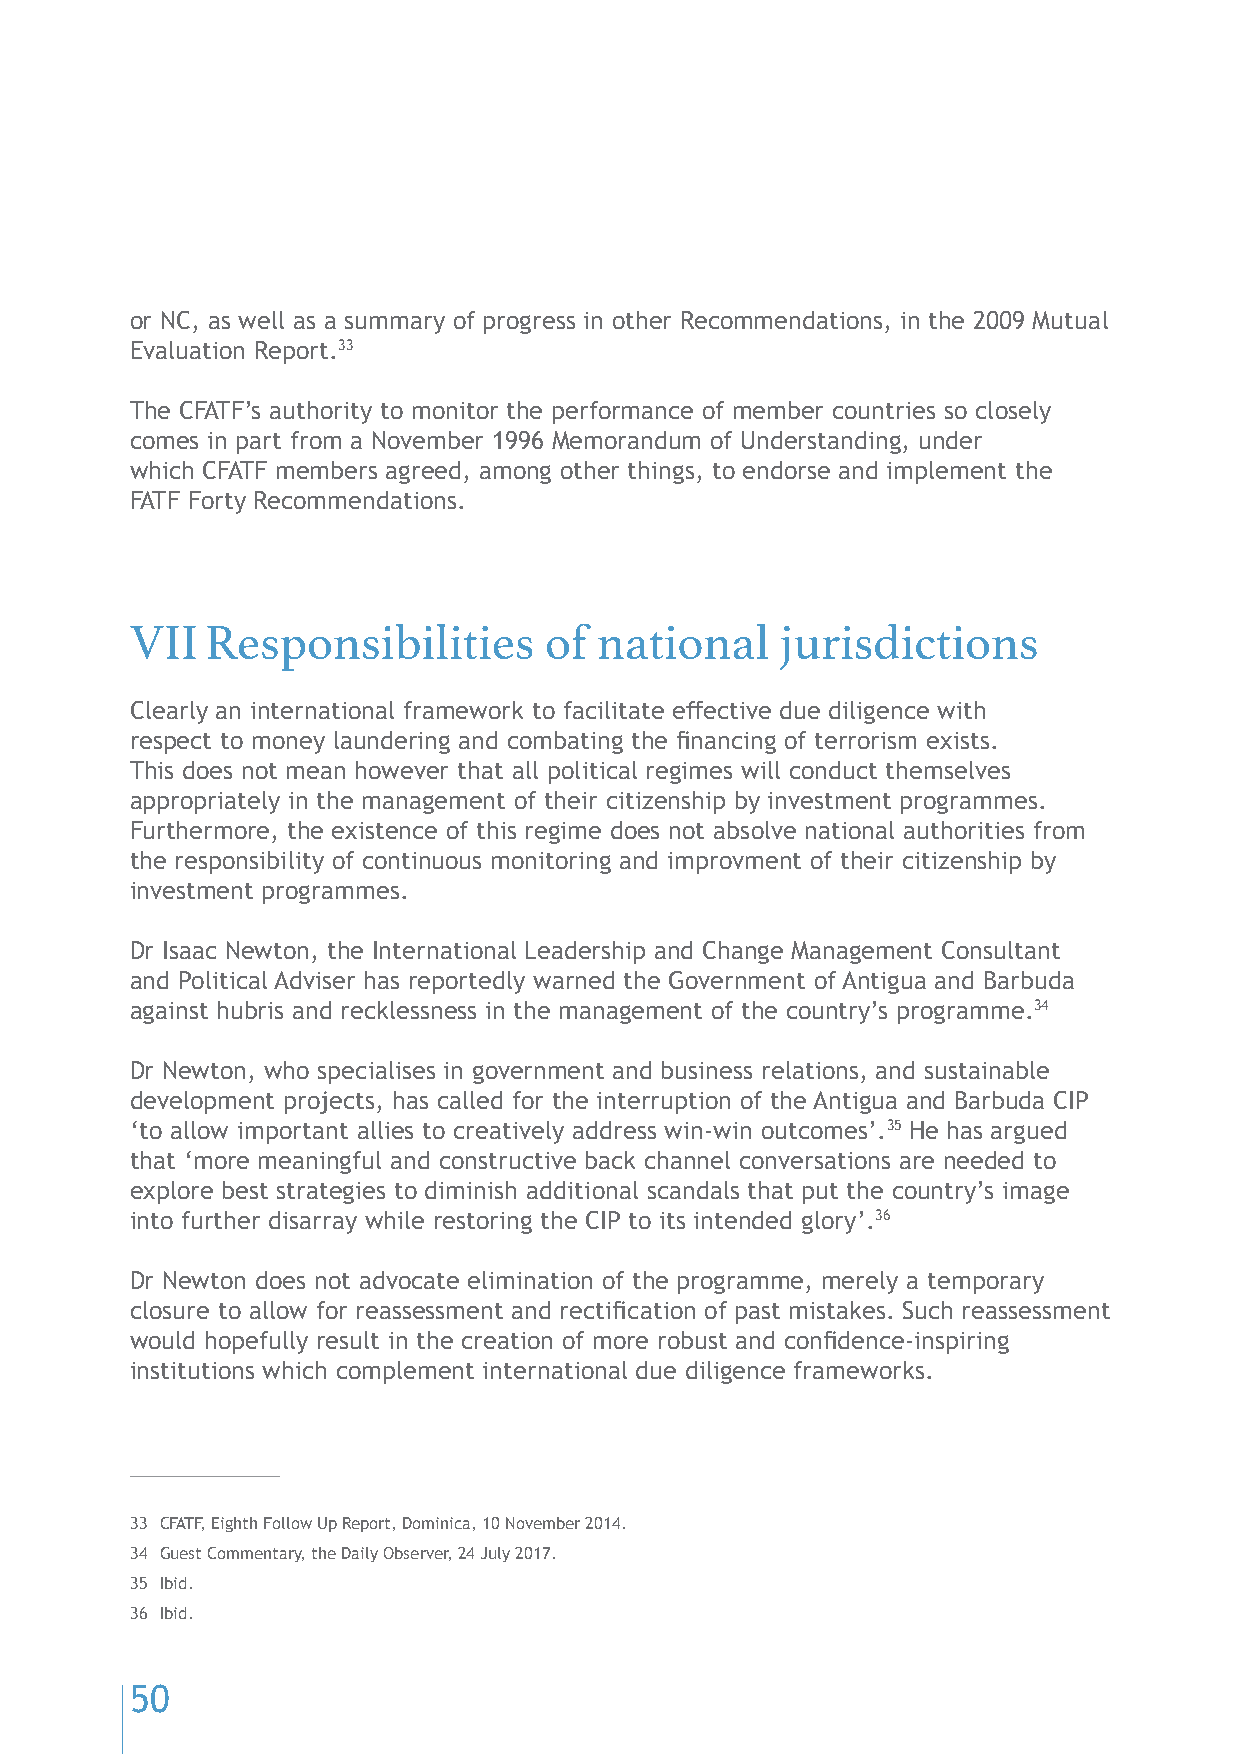
or NC, as well as a summary of progress in other Recommendations, in the 2009 Mutual
 Evaluation Report.33
 The CFATF’s authority to monitor the performance of member countries so closely
 comes in part from a November 1996 Memorandum of Understanding, under
 which CFATF members agreed, among other things, to endorse and implement the
 FATF Forty Recommendations.
 VII  Responsibilities      of national     jurisdictions
 Clearly an international framework to facilitate effective due diligence with
 respect to money laundering and combating the financing of terrorism exists.
 This does not mean however that all political regimes will conduct themselves
 appropriately in the management of their citizenship by investment programmes.
 Furthermore, the existence of this regime does not absolve national authorities from
 the responsibility of continuous monitoring and improvment of their citizenship by
 investment programmes.
 Dr Isaac Newton, the International Leadership and Change Management Consultant
 and Political Adviser has reportedly warned the Government of Antigua and Barbuda
 against hubris and recklessness in the management of the country’s programme.34
 Dr Newton, who specialises in government and business relations, and sustainable
 development projects, has called for the interruption of the Antigua and Barbuda CIP
 ‘to allow important allies to creatively address win-win outcomes’.35 He has argued
 that ‘more meaningful and constructive back channel conversations are needed to
 explore best strategies to diminish additional scandals that put the country’s image
 into further disarray while restoring the CIP to its intended glory’.36
 Dr Newton does not advocate elimination of the programme, merely a temporary
 closure to allow for reassessment and rectification of past mistakes. Such reassessment
 would hopefully result in the creation of more robust and confidence-inspiring
 institutions which complement international due diligence frameworks.
 33 CFATF, Eighth Follow Up Report, Dominica, 10 November 2014.
 34 Guest Commentary, the Daily Observer, 24 July 2017.
 35 Ibid.
 36 Ibid.
 50